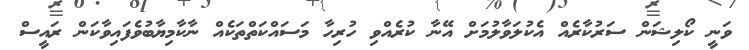
ވަނީ ކޯލިޝަން ސަރުކާރެއް އެކުލަވާލުމަށް އޭނާ ކުރެއްވި ހުރިހާ މަސައްކަތްތަކެއް ނާކާމިޔާބުވެފައިވާކަން ރައީސް